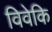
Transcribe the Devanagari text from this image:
विवेकि